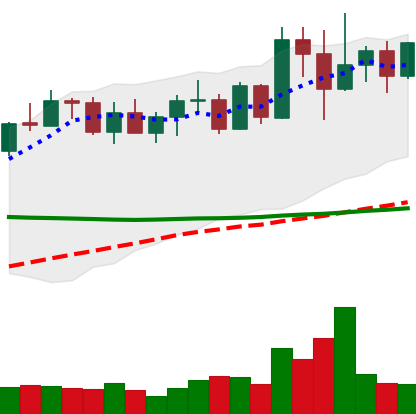
Ticker: XMR-USD
Chart end date: 2022-04-15
Forward return: 11.41%
Label: up_7plus